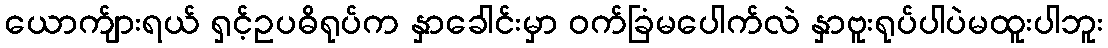
ယောက်ျားရယ် ရှင့်ဥပဓိရုပ်က နှာခေါင်းမှာ ဝက်ခြံမပေါက်လဲ နှာဗူးရုပ်ပါပဲမထူးပါဘူး